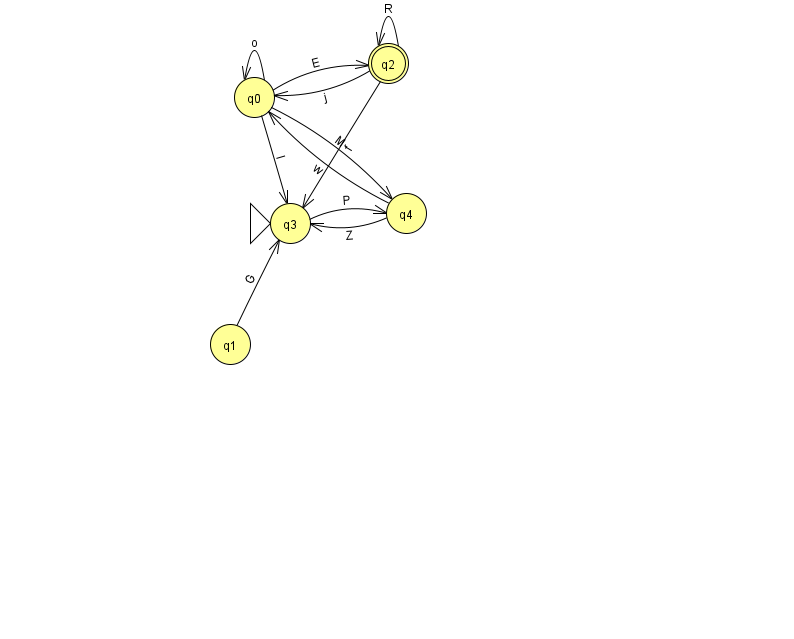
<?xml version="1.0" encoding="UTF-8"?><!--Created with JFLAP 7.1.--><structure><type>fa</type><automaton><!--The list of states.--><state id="0" name="q0"><x>254.0</x><y>84.0</y></state><state id="1" name="q1"><x>230.0</x><y>331.0</y></state><state id="2" name="q2"><x>388.0</x><y>50.0</y><final/></state><state id="3" name="q3"><x>290.0</x><y>210.0</y><initial/></state><state id="4" name="q4"><x>406.0</x><y>200.0</y></state><!--The list of transitions.--><transition><from>0</from><to>2</to><read>E</read></transition><transition><from>1</from><to>3</to><read>G</read></transition><transition><from>2</from><to>2</to><read>R</read></transition><transition><from>0</from><to>3</to><read>I</read></transition><transition><from>0</from><to>4</to><read>M</read></transition><transition><from>3</from><to>4</to><read>P</read></transition><transition><from>4</from><to>0</to><read>w</read></transition><transition><from>4</from><to>3</to><read>Z</read></transition><transition><from>2</from><to>0</to><read>j</read></transition><transition><from>0</from><to>0</to><read>o</read></transition><transition><from>2</from><to>3</to><read>f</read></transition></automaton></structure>